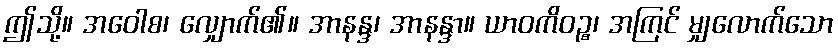
ဤသို့။ အဝေါစ၊ လျှောက်၏။ အာနန္ဒ၊ အာနန္ဒာ။ ယာဝကိဝဉ္စ၊ အကြင် မျှလောက်သော